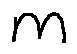
m